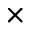
\times